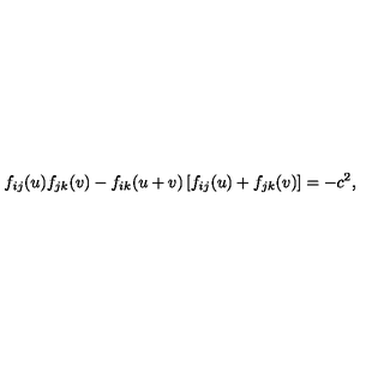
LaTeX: f _ { i j } ( u ) f _ { j k } ( v ) - f _ { i k } ( u + v ) \left[ f _ { i j } ( u ) + f _ { j k } ( v ) \right] = - c ^ { 2 } ,